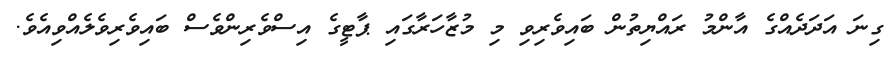
ގިނަ އަދަދެއްގެ އާންމު ރައްޔިތުން ބައިވެރިވި މި މުޒާހަރާގައި ޕާޓީގެ އިސްވެރިންވެސް ބައިވެރިވެލެއްވިއެވެ.